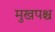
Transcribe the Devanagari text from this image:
मुखपश्च